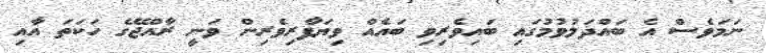
ނަމަވެސް އެ ބައްދަލުވުމުގައި ބައިވެރިވި ބައެއް ވިޔަފާރިވެރިން ވަނީ ރާއްޖޭގެ ހަކަތަ އާއި